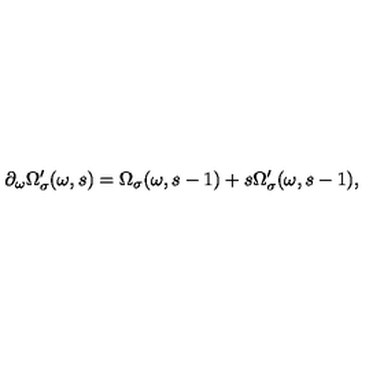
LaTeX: \partial _ { \omega } \Omega _ { \sigma } ^ { \prime } ( \omega , s ) = \Omega _ { \sigma } ( \omega , s - 1 ) + s \Omega _ { \sigma } ^ { \prime } ( \omega , s - 1 ) ,